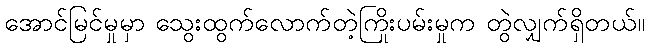
အောင်မြင်မှုမှာ သွေးထွက်လောက်တဲ့ကြိုးပမ်းမှုက တွဲလျှက်ရှိတယ်။